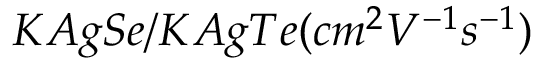
K A g S e / K A g T e ( c m ^ { 2 } V ^ { - 1 } s ^ { - 1 } )